Report on vaccination in the Province of Bengal - 1874-1889
Year: 1874
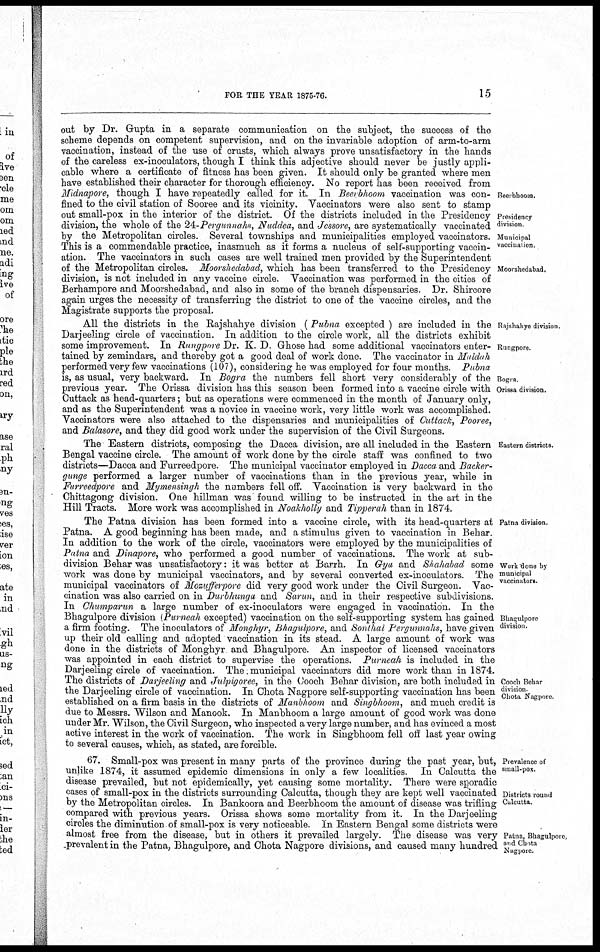
FOR THE YEAR 1875-76.
15
Beerbhoom.
Presidency
division
Municipal
vaccination.
Moorshedabad.
out by Dr. Gupta in a separate communication on the subject, the success of the
scheme depends on competent supervision, and on the invariable adoption of arm-to-arm
vaccination, instead of the use of crusts, which always prove unsatisfactory in the hands
of the careless ex-inoculators, though I think this adjective should never be justly appli-
cable where a certificate of fitness has been given. It should only be granted where men
have established their character for thorough efficiency. No report has been received from
Midnapore, though I have repeatedly called for it. In Beerbhoom vaccination was con-
fined to the civil station of Sooree and its vicinity. Vaccinators were also sent to stamp
out small-pox in the interior of the district. Of the districts included in the Presidency
division, the whole of the 24-Pergunnahs, Nuddea, and Jessore, are systematically vaccinated
by the Metropolitan circles. Several townships and municipalities employed vaccinators.
This is a commendable practice, inasmuch as it forms a nucleus of self-supporting vaccin-
ation. The vaccinators in such cases are well trained men provided by the Superintendent
of the Metropolitan circles. Moorshedabad, which has been transferred to the Presidency
division, is not included in any vaccine circle. Vaccination was performed in the cities of
Berhampore and Moorshedabad, and also in some of the branch dispensaries. Dr. Shircore
again urges the necessity of transferring the district to one of the vaccine circles, and the
Magistrate supports the proposal.
Rajshahye division
Rungpore
Bogra
Orissa division.
All the districts in the Rajshahye division (Pubna excepted ) are included in the
Darjeeling circle of vaccination. In addition to the circle work, all the districts exhibit
some improvement. In Rungpore Dr. K. D. Ghose had some additional vaccinators enter-
tained by zemindars, and thereby got a good deal of work done. The vaccinator in Maldah
performed very few vaccinations (107), considering he was employed for four months. Pubna
is, as usual, very backward. In Bogra the numbers fell short very considerably of the
previous year. The Orissa division has this season been formed into a vaccine circle with
Cuttack as head-quarters; but as operations were commenced in the month of January only,
and as the Superintendent was a novice in vaccine work, very little work was accomplished.
Vaccinators were also attached to the dispensaries and municipalities of Cuttack,Pooree,
and Balasore, and they did good work under the supervision of the Civil Surgeons.
Eastern districts.
The Eastern districts, composing the Dacca division, are all included in the Eastern
Bengal vaccine circle. The amount of work done by the circle staff was confined to two
districts—Dacca and Furreedpore. The municipal vaccinator employed in Dacca and Backer-
gunge performed a larger number of vaccinations than in the previous year, while in
Furreedpore and Mymensingh the numbers fell off. Vaccination is very backward in the
Chittagong division. One hillman was found willing to be instructed in the art in the
Hill Tracts. More work was accomplished in Noakholly and Tipperah than in 1874.
Patna division.
Work "done by
municipal
vaccinators.
Bhagulpore
division.
Cooch Behar
division
Chota Nagpore
The Patna division has been formed into a vaccine circle, with its head-quarters at
Patna. A good beginning has been made, and a stimulus given to vaccination in Behar.
In addition to the work of the circle, vaccinators were employed by the municipalities of
Patna and Dinapore, who performed a good number of vaccinations. The work at sub-
division Behar was unsatisfactory: it was better at Barrh. In Gya and Shahabad some
work was done by municipal vaccinators, and by several converted ex-inoculators. The
municipal vaccinators of Mosufferpore did very good work under the Civil Surgeon. Vac-
cination was also carried on in Durbhunga and Sarun, and in their respective subdivisions.
In Chumparun a large number of ex-inoculators were engaged in vaccination. In the
Bhagulpore division (Purneah excepted) vaccination on the self-supporting system has gained
a firm footing. The inoculators of Monghyr, Bhagulpore, and Sonthal Pergunnahs, have given
up their old calling and adopted vaccination in its stead. A large amount of work was
done in the districts of Monghyr and Bhagulpore. An inspector of licensed vaccinators
was appointed in each district to supervise the operations. Purneah is included in the
Darjeeling circle of vaccination. The municipal vaccinators did more work than in 1874.
The districts of Darjeeling and Julpigoree, in the Cooch Behar division, are both included in
the Darjeeling circle of vaccination. In Chota Nagpore self-supporting vaccination has been
established on a firm basis in the districts of Manbhoom and Singbhoom, and much credit is
due to Messrs. Wilson and Manook. In Manbhoom a large amount of good work was done
under Mr. Wilson, the Civil Surgeon, who inspected a very large number, and has evinced a most
active interest in the work of vaccination. The work in Singbhoom fell off last year owing
to several causes, which, as stated, are forcible.
Prevalence of
small-pox.
Districts round
Calcutta.
Patna, Bhagulpore,
and Chota
Nagpore.
67. Small-pox was present in many parts of the province during the past year, but,
unlike 1874, it assumed epidemic dimensions in only a few localities. In Calcutta the
disease prevailed, but not epidemically, yet causing some mortality. There were sporadic
cases of small-pox in the districts surrounding Calcutta, though they are kept well vaccinated
by the Metropolitan circles. In Bankoora and Beerbhoom the amount of disease was trifling
compared with previous years. Orissa shows some mortality from it. In the Darjeeling
circles the diminution of small-pox is very noticeable. In Eastern Bengal some districts were
almost free from the disease, but in others it prevailed largely. The disease was very
prevalent in the Patna, Bhagulpore, and Chota Nagpore divisions, and caused many hundred